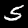
Label: 5